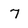
Character: 7